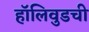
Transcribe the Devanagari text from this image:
हॉलिवुडची